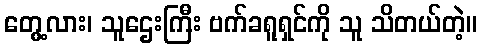
တွေ့လား၊ သူဌေးကြီး ဗက်ခရူရှင်ကို သူ သိတယ်တဲ့။